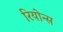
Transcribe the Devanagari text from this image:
रियोन्स